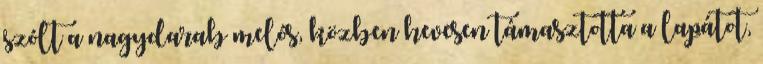
szólt a nagydarab melós, közben hevesen támasztotta a lapátot,